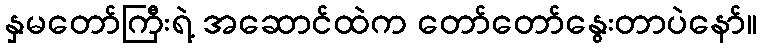
နှမတော်ကြီးရဲ့ အဆောင်ထဲက တော်တော်နွေးတာပဲနော်။